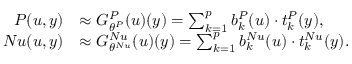
\begin{array} { r l } { P ( u , y ) } & { \approx G _ { \theta ^ { P } } ^ { P } ( u ) ( y ) = \sum _ { k = 1 } ^ { p } b _ { k } ^ { P } ( u ) \cdot t _ { k } ^ { P } ( y ) , } \\ { N u ( u , y ) } & { \approx G _ { \theta ^ { N u } } ^ { N u } ( u ) ( y ) = \sum _ { k = 1 } ^ { p } b _ { k } ^ { N u } ( u ) \cdot t _ { k } ^ { N u } ( y ) . } \end{array}